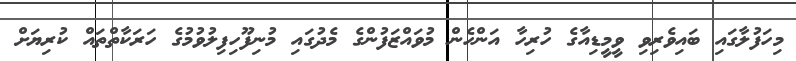
މިހަފުލާގައި ބައިވެރިވި ވީމީޑިއާގެ ހުރިހާ އަންހެން މުވައްޒަފުންގެ މެދުގައި މުނިފޫހިފިލުވުމުގެ ހަރަކާތްތައް ކުރިޔަށް